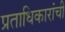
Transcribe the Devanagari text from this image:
प्रताधिकारांची